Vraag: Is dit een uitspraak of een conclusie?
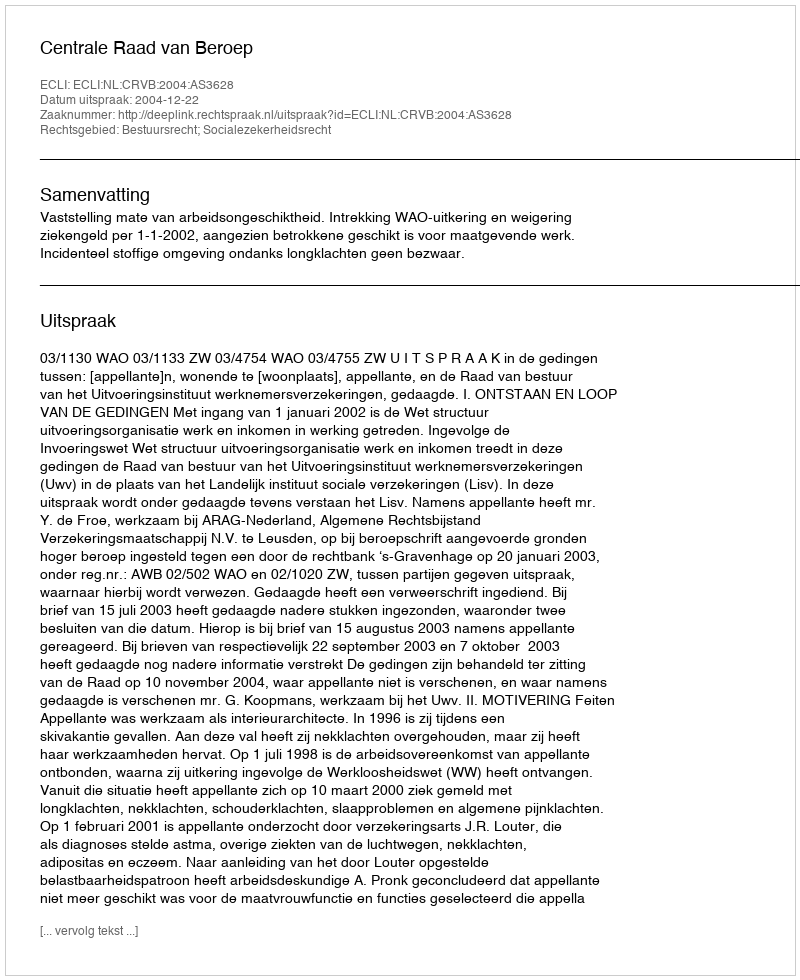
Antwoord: Uitspraak